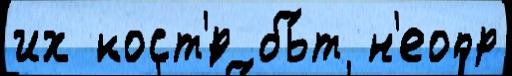
их кост'́р бь́т н'еопр